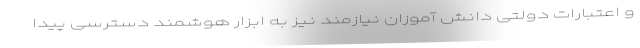
و اعتبارات دولتی دانش آموزان نیازمند نیز به ابزار هوشمند دسترسی پیدا